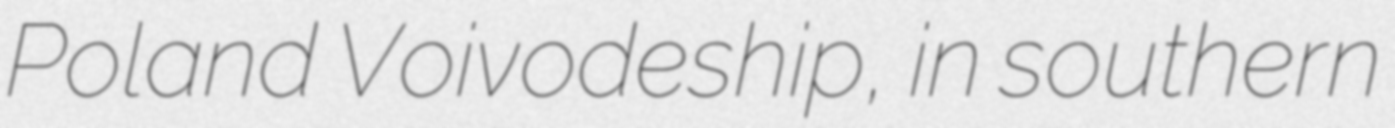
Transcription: Poland Voivodeship, in southern